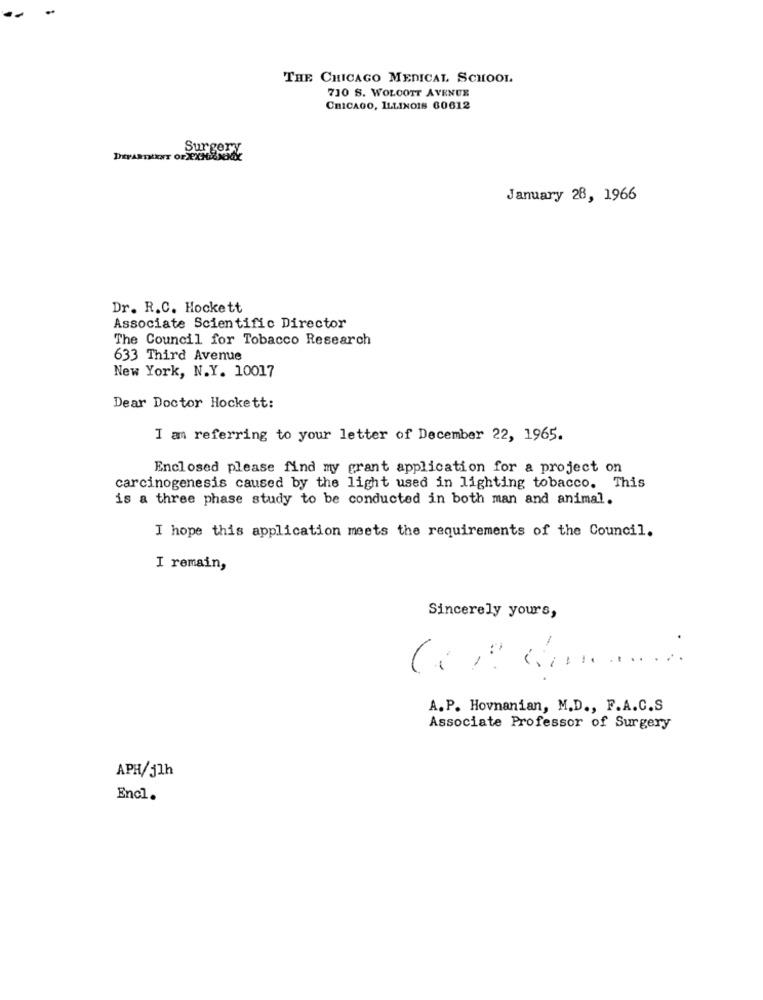
THE CHICAGO MEDICAL SCHOOL
710 S. WOLCOTT AVENUE
CHICAGO, ILLINOIS 60612
Surgery
DEPARTMENT OF XXNBINOidK
January 28, 1966
Dr. R.C. Hockett
Associate Scientific Director
The Council for Tobacco Research
633 Third Avenue
New York, N.Y. 10017
Dear Doctor Hockett:
I am referring to your letter of December 22, 1965.
Enclosed please find my grant application for a project on
carcinogenesis caused by the light used in lighting tobacco. This
is a three phase study to be conducted in both man and animal.
I hope this application meets the requirements of the Council.
I remain,
Sincerely yours,
A. P. Hovnanian, M.D ., F.A.C.S
Associate Professor of Surgery
APH/j1h
Encl.